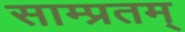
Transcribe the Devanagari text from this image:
साम्प्रतम्